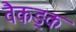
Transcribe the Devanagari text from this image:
वैकङ्क